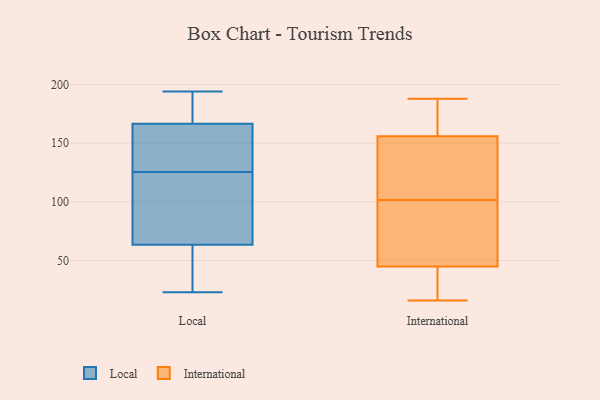
{"axis": {"x": "Humidity (%)", "y": "Value"}, "legend": ["International", "Local"], "data": [{"x": "", "y": 108, "type": "Local"}, {"x": "", "y": 106, "type": "Local"}, {"x": "", "y": 143, "type": "Local"}, {"x": "", "y": 67, "type": "Local"}, {"x": "", "y": 194, "type": "Local"}, {"x": "", "y": 49, "type": "Local"}, {"x": "", "y": 60, "type": "Local"}, {"x": "", "y": 148, "type": "Local"}, {"x": "", "y": 144, "type": "Local"}, {"x": "", "y": 185, "type": "Local"}, {"x": "", "y": 23, "type": "Local"}, {"x": "", "y": 188, "type": "Local"}, {"x": "", "y": 16, "type": "International"}, {"x": "", "y": 183, "type": "International"}, {"x": "", "y": 129, "type": "International"}, {"x": "", "y": 135, "type": "International"}, {"x": "", "y": 59, "type": "International"}, {"x": "", "y": 43, "type": "International"}, {"x": "", "y": 72, "type": "International"}, {"x": "", "y": 144, "type": "International"}, {"x": "", "y": 119, "type": "International"}, {"x": "", "y": 38, "type": "International"}, {"x": "", "y": 38, "type": "International"}, {"x": "", "y": 188, "type": "International"}, {"x": "", "y": 84, "type": "International"}, {"x": "", "y": 47, "type": "International"}, {"x": "", "y": 168, "type": "International"}, {"x": "", "y": 178, "type": "International"}]}